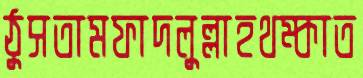
ঠুসতামফাদলুল্লাহথম্‌কাত